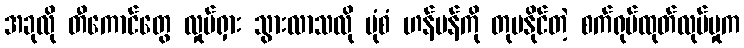
အခုလို တီကောင်တွေ လှုပ်ရှား သွားလာသလို ပုံစံ ဟန်ပန်ကို တုပနိုင်တဲ့ စက်ရုပ်ထုတ်လုပ်မှုက